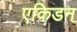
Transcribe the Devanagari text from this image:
एकिडन